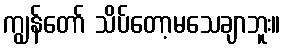
ကျွန်တော် သိပ်တော့မသေချာဘူး။